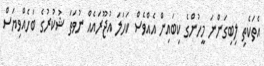
އެތަކެތި ލިބިގަންނަ މީހުންގެ ކިބައިން އެއްވެސް ކަހަލަ އުޖޫރައެއް ނުވަތަ ޝުކުރުގެ ބަހެއްވިޔަސް